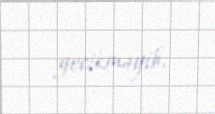
gecikməyib.